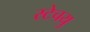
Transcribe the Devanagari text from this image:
स्टेचयु